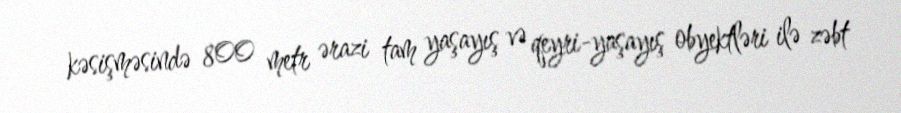
kəsişməsində 800 metr ərazi tam yaşayış və qeyri-yaşayış obyektləri ilə zəbt